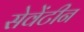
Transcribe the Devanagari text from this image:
सेवेंटीन